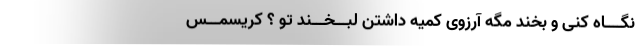
نگــــاه کنی و بخند مگه آرزوی کمیه داشتن لبـــخـــند تو ؟ کریسمـــس